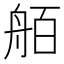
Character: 𮎋